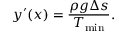
y ^ { \prime } ( x ) = \frac { \rho g \Delta s } { T _ { \mathrm { m i n } } } .